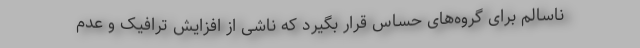
ناسالم برای گروه‌های حساس قرار بگیرد که ناشی از افزایش ترافیک و عدم